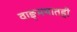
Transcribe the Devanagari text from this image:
वाङ्‌मयातही